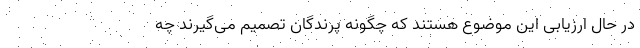
در حال ارزیابی این موضوع هستند که چگونه پرندگان تصمیم می‌گیرند چه